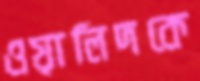
ওয়ালিদকে